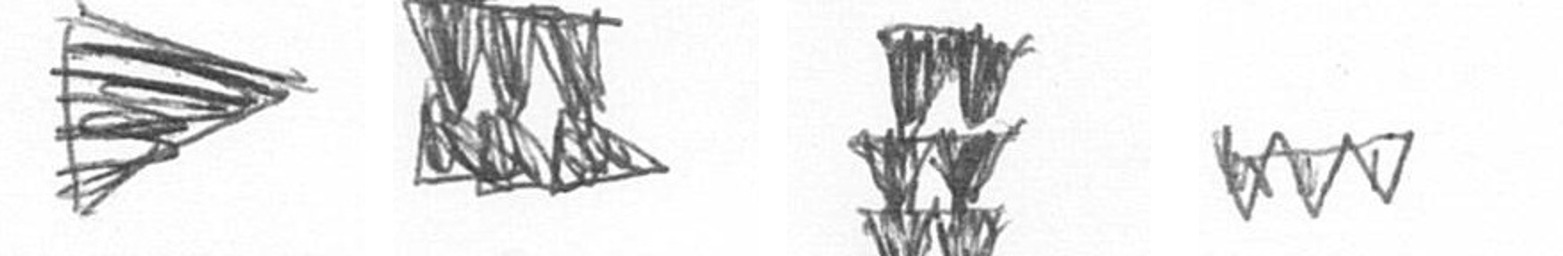
T D Y L